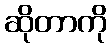
ဆိုတာကို